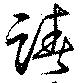
踳